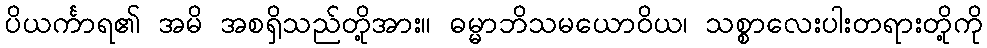
ပိယင်္ကာရ၏ အမိ အစရှိသည်တို့အား။ ဓမ္မာဘိသမယောဝိယ၊ သစ္စာလေးပါးတရားတို့ကို